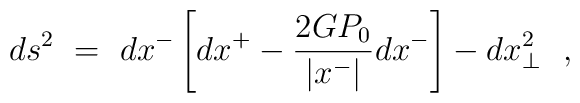
ds^2~=~dx^-\left[dx^+-\frac{2GP_0}{|x^-|}dx^-\right]-dx_{\perp}^2~~,